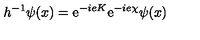
{ h ^ { - 1 } \psi ( x ) = \mathrm { e } ^ { - i e K } \mathrm { e } ^ { - i e \chi } \psi ( x ) }